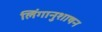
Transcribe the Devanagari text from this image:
लिंगानुशाषन